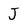
Character: J